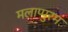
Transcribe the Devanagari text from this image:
मलाप्पुरम